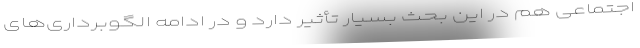
اجتماعی هم در این بحث بسیار تأثیر دارد و در ادامه الگوبرداری‌های